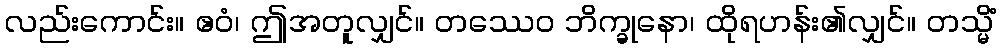
လည်းကောင်း။ ဧဝံ၊ ဤအတူလျှင်။ တဿေဝ ဘိက္ခုနော၊ ထိုရဟန်း၏လျှင်။ တသ္မိံ